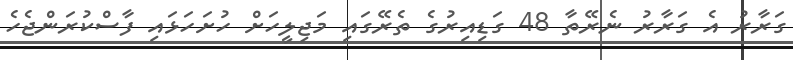
ގަރާރު އެ ގަރާރު ނެރޭތާ 48 ގަޑިއިރުގެ ތެރޭގައި މަޖިލީހަށް ހުށަހަޅައި ފާސްކުރަންޖެހެ